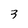
Character: 3